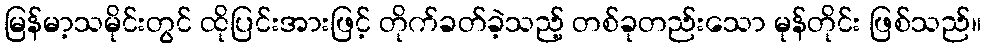
မြန်မာ့သမိုင်းတွင် ထိုပြင်းအားဖြင့် တိုက်ခတ်ခဲ့သည့် တစ်ခုတည်းသော မုန်တိုင်း ဖြစ်သည်။